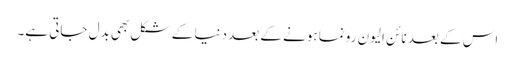
اس کے بعد نائن الیون رونما ہونے کے بعد دنیا کے شکل بھی بدل جاتی ہے۔